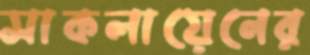
সাকলায়েনের